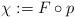
LaTeX: \begin{align*}\chi:=F\circ p\end{align*}